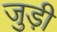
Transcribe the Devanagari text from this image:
जुड़ी़